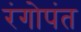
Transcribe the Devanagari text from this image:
रंगोपंत